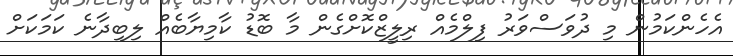
އެހެންކަމުން މި ދުވަސްވަރު ފިލްމެއް ރިލީޒްކޮށްގެން މާ ބޮޑު ކާމިޔާބެއް ލިބިދާނެ ކަމަކަށް